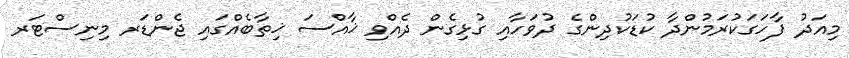
މިއަދު ފާހަގަކުރަމުންދާ ކުޑަކުދިންގެ ދުވަހާއި ގުޅިގެން ދެއްވި ޚާއްސަ ޚިތާބެއްގައި ޖެންޑަރ މިނިސްޓަރ